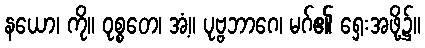
နယော၊ ကို။ ဝုစ္စတေ၊ အံ့။ ပုဗ္ဗဘာဂေ၊ မဂ်၏ ရှေးအဖို့၌။